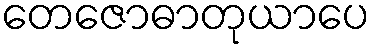
တေဇောဓာတုယာပေ